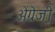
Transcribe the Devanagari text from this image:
अेंग्रेजी